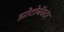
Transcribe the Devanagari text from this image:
झोटोबॅक्टर